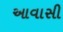
આવાસી